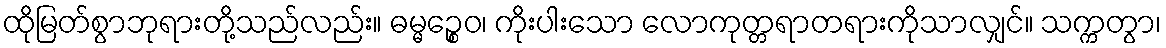
ထိုမြတ်စွာဘုရားတို့သည်လည်း။ ဓမ္မဉ္စေဝ၊ ကိုးပါးသော လောကုတ္တရာတရားကိုသာလျှင်။ သက္ကတွာ၊